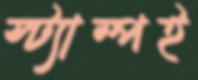
স্ট্যাম্পই